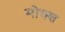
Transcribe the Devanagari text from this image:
मोक्श